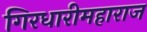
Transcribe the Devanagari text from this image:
गिरधारीमहाराज